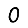
Digit: 0